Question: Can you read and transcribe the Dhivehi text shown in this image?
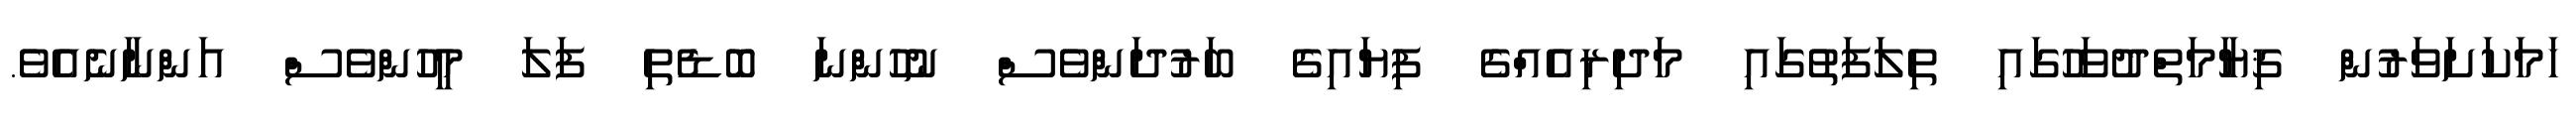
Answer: ހަމަކަށަވަރުން ޤިޔާމަތްދުވަހުގައި ތިލަފަތުގައި މަދިރިއެއްގެ ފިޔައިގެ ބަރުދަންވެސް ނުހުންނަ ބޮޑެތި ފަލަ މީހުންވެސް އަންނާނެއެވެ.